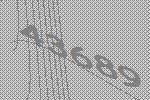
43689